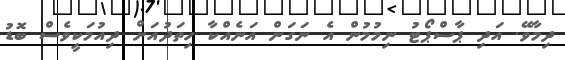
ދިމާވޭ. އަދި ޕާސްޕޯޓު ނިމުމުން އެ ނަގަން އަނެއްކާ ހިތަދުއަށް ދިއުމަކީވެސް ބޮޑު